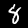
Digit: 8